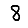
Digit: 8